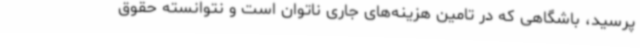
پرسید، باشگاهی که در تامین هزینه‌های جاری ناتوان است و نتوانسته حقوق